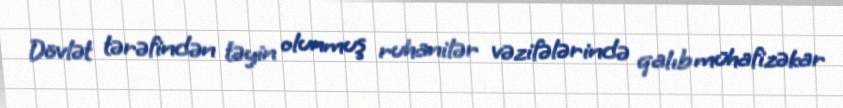
Dövlət tərəfindən təyin olunmuş ruhanilər vəzifələrində qalıb mühafizəkar